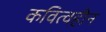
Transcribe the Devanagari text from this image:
कवित्वहीन